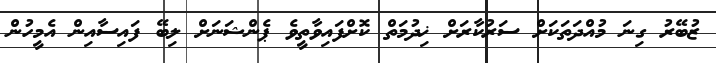
ޒުބޭރު ގިނަ މުއްދަތަކަށް ސަރުކާރަށް ޚިދުމަތް ކޮށްފައިވާތީވެ ޕެންޝަނަށް ލިބޭ ފައިސާއިން އެމީހުން